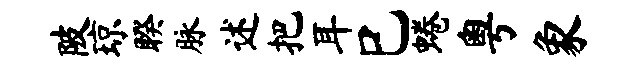
陂琼睽脉述把耳巳蜷粤象